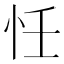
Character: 𢗖